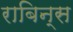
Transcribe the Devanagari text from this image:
राबिन्स